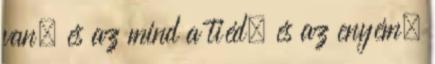
van, és az mind a tiéd, és az enyém,